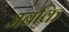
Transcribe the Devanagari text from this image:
जबकि